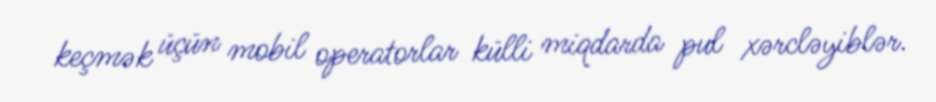
keçmək üçün mobil operatorlar külli miqdarda pul xərcləyiblər.